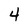
Character: 4